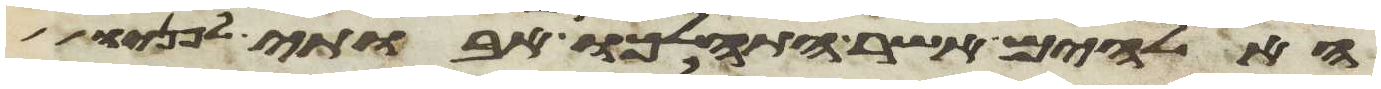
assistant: האלהים אשר התהלכו אבותי לפניו